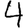
Digit: 4